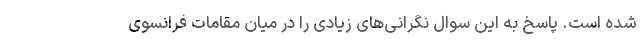
شده است. پاسخ به این سوال نگرانی‌های زیادی را در میان مقامات فرانسوی